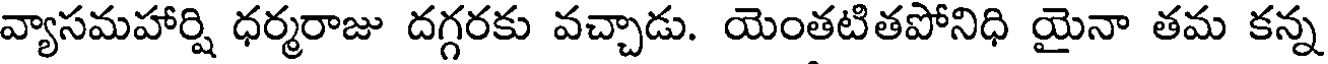
వ్యాసమహార్షి ధర్మరాజు దగ్గరకు వచ్చాడు. యెంతటితపోనిధి యైనా తమ కన్న